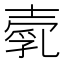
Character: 𡔵